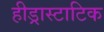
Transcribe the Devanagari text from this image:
हीड्रास्टाटिक